Report on the bubonic plague in Bombay, 1896-1897
Year: 1896
Disease focus: Plague
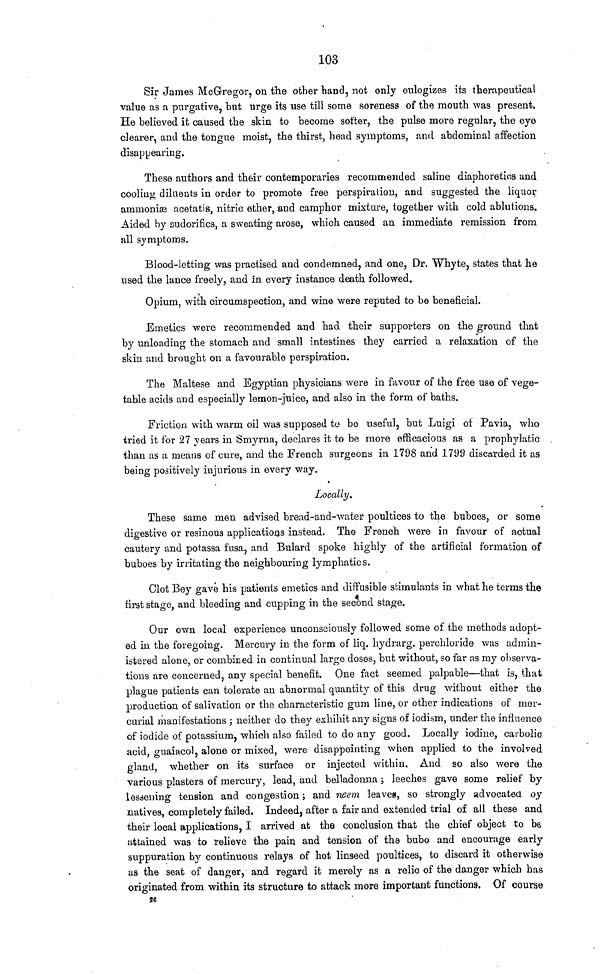
103
Sir James McGregor, on the other hand, not only eulogizes its therapeutical
value as a purgative, hut urge its use till some soreness of the mouth was present.
He believed it caused the skin to become softer, the pulse more regular, the eye
clearer, and the tongue moist, the thirst, head symptoms, and abdominal affection
disappearing.
These authors and their contemporaries recommended saline diaphoretics and
cooling diluents in order to promote free perspiration, and suggested the liquor
ammoniæ acetatis, nitric ether, and camphor mixture, together with cold ablutions.
Aided by sudorifics, a sweating arose, which caused an immediate remission from
all symptoms.
Blood-letting was practised and condemned, and one, Dr. Whyte, states that he
used the lance freely, and in every instance death followed.
Opium, with circumspection, and wine were reputed to be beneficial.
Emetics were recommended and had their supporters on the ground that
by unloading the stomach and small intestines they carried a relaxation of the
skin and brought on a favourable perspiration.
The Maltese and Egyptian physicians were in favour of the free use of vege-
table acids and especially lemon-juice, and also in the form of baths.
Friction with warm oil was supposed to bo useful, but Luigi of Pavia, who
tried it for 27 years in Smyrna, declares it to be more efficacious as a prophylatic
than as a means of cure, and the French surgeons in 1798 and 1799 discarded it as
being positively injurious in every way.
Locally.
These same men advised bread-and-water poultices to the buboes, or some
digestive or resinous applications instead. The French were in favour of actual
cautery and potassa fusa, and Bulard spoke highly of the artificial formation of
buboes by irritating the neighbouring lymphatics.
Clot Bey gave his patients emetics and diffusible stimulants in what he terms the
first stage, and bleeding and cupping in the second stage.
Our own local experience unconsciously followed some of the methods adopt-
ed in the foregoing. Mercury in the form of liq. hydrarg, perchloride was admin-
istered alone, or combined in continual large doses, but without, so far as my observa-
tions are concerned, any special benefit. One fact seemed palpable—that is, that
plague patients can tolerate an abnormal quantity of this drug without either the
production of salivation or the characteristic gum line, or other indications of mer-
curial manifestations ; neither do they exhibit any signs of iodism, under the influence
of iodide of potassium, which also failed to do any good. Locally iodine, carbolic
acid, guaiacol, alone or mixed, were disappointing when applied to the involved
gland, whether on its surface or injected within. And so also were the
various plasters of mercury, lead, and belladonna ; leeches gave some relief by
lessening tension and congestion ; and neem leaves, so strongly advocated oy
natives, completely failed. Indeed, after a fair and extended trial of all these and
their local applications, I arrived at the conclusion that the chief object to be
attained was to relieve the pain and tension of the bubo and encourage early
suppuration by continuous relays of hot linseed poultices, to discard it otherwise
as the seat of danger, and regard it merely as a relic of the danger which has
originated from within its structure to attack more important functions. Of course
56